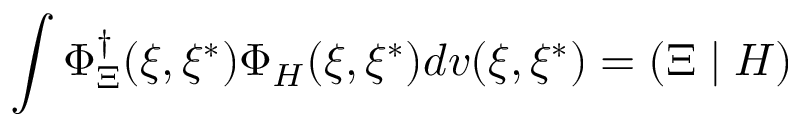
\int \Phi _ { \Xi } ^ { \dagger } ( \xi , \xi ^ { * } ) \Phi _ { H } ( \xi , \xi ^ { * } ) d v ( \xi , \xi ^ { * } ) = \left( \Xi \mid H \right)